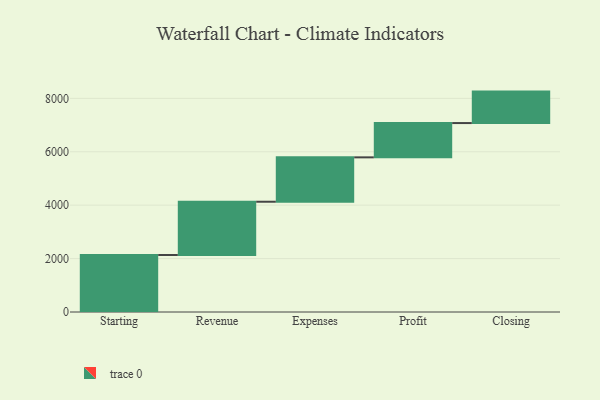
{"axis": {"x": "Step", "y": "Value"}, "legend": [""], "data": [{"x": "Starting", "y": 2134.0, "type": ""}, {"x": "Revenue", "y": 1995.0, "type": ""}, {"x": "Expenses", "y": 1662.0, "type": ""}, {"x": "Profit", "y": 1284.0, "type": ""}, {"x": "Closing", "y": 1178.0, "type": ""}]}